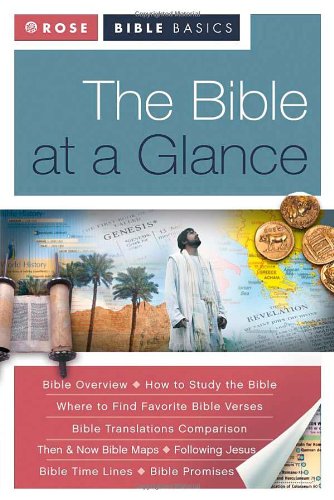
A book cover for Rose Bible Basics: The Bible at a Glance; Rose Publishing; Christian Books & Bibles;